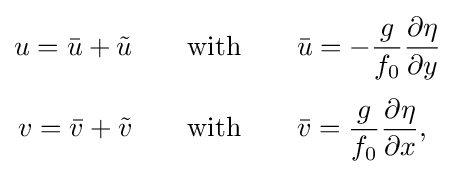
{\begin{aligned}u={\bar {u}}+{\tilde {u}}\qquad &{\text{with}}\qquad {\bar {u}}=-{g \over f_{0}}{\partial \eta  \over \partial y}\\[3pt]v={\bar {v}}+{\tilde {v}}\qquad &{\text{with}}\qquad {\bar {v}}={g \over f_{0}}{\partial \eta  \over \partial x},\\[3pt]\end{aligned}}